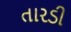
તારડી